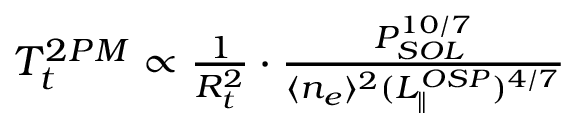
\begin{array} { r } { T _ { t } ^ { 2 P M } \propto \frac { 1 } { R _ { t } ^ { 2 } } \cdot \frac { P _ { S O L } ^ { 1 0 / 7 } } { \langle n _ { e } \rangle ^ { 2 } ( L _ { \parallel } ^ { O S P } ) ^ { 4 / 7 } } } \end{array}